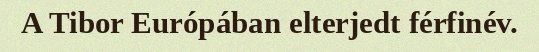
A Tibor Európában elterjedt férfinév.